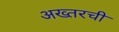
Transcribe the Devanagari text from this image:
अख्तरची